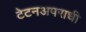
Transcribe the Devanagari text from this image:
टेटनअपराधी